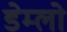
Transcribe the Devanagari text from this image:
डेम्लो